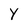
Character: y